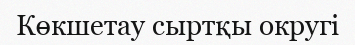
Көкшетау сыртқы округі